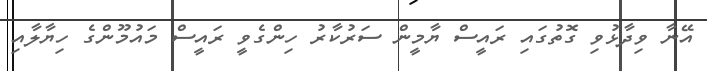
އޭނާ ވިދާޅުވި ގޮތުގައި ރައީސް ޔާމީން ސަރުކާރު ހިންގެވީ ރައީސް މައުމޫންގެ ހިޔާލާއި